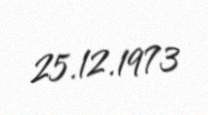
25.12.1973